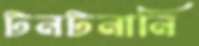
টনটনানি